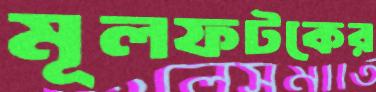
মূলফটকের